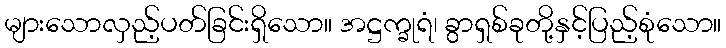
များသောလှည့်ပတ်ခြင်းရှိသော။ အဋ္ဌက္ခုရံ၊ ခွာရှစ်ခုတို့နှင့်ပြည့်စုံသော။